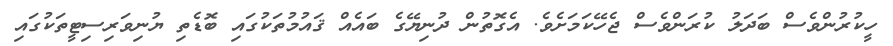
ހީކުރުންވެސް ބަދަލު ކުރަންވެސް ޖެހޭކަމަށެވެ. އެގޮތުން ދުނިޔޭގެ ބައެއް ޤައުމުތަކުގައި ބޮޑެތި ޔުނިވަރިސިޓީތަކުގައި